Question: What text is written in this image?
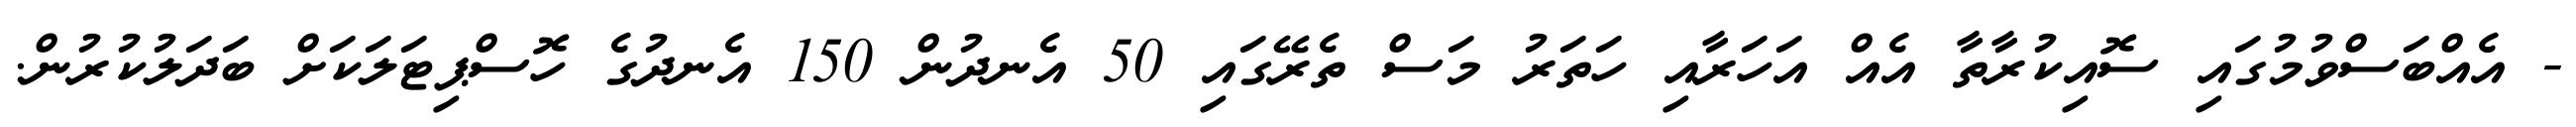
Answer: - އެއްބަސްވުމުގައި ސޮއިކުރާތާ އެއް އަހަރާއި ހަތަރު މަސް ތެރޭގައި 50 އެނދުން 150 އެނދުގެ ހޮސްޕިޓަލަކަށް ބަދަލުކުރުން.